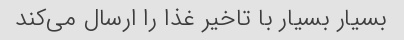
بسیار بسیار با تاخیر غذا را ارسال می‌کند